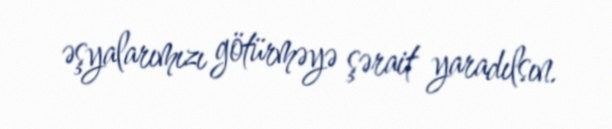
əşyalarımızı götürməyə şərait yaradılsın.